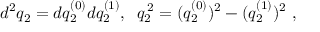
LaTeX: d ^ { 2 } q _ { 2 } = d q _ { 2 } ^ { ( 0 ) } d q _ { 2 } ^ { ( 1 ) } , \; \; q _ { 2 } ^ { \: 2 } = ( q _ { 2 } ^ { ( 0 ) } ) ^ { 2 } - ( q _ { 2 } ^ { ( 1 ) } ) ^ { 2 } ~ ,